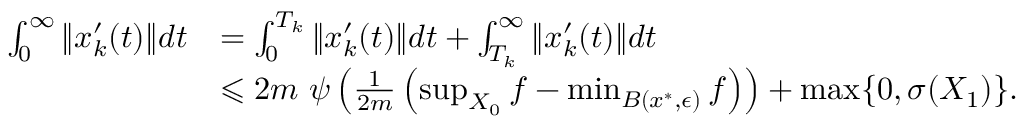
\begin{array} { r l } { \int _ { 0 } ^ { \infty } \| x _ { k } ^ { \prime } ( t ) \| d t } & { = \int _ { 0 } ^ { T _ { k } } \| x _ { k } ^ { \prime } ( t ) \| d t + \int _ { T _ { k } } ^ { \infty } \| x _ { k } ^ { \prime } ( t ) \| d t } \\ & { \leqslant 2 m ~ \psi \left( \frac { 1 } { 2 m } \left( \operatorname* { s u p } _ { X _ { 0 } } f - \operatorname* { m i n } _ { B ( x ^ { * } , \epsilon ) } f \right) \right) + \operatorname* { m a x } \{ 0 , \sigma ( X _ { 1 } ) \} . } \end{array}